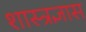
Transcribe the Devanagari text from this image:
शास्त्रज्ञास